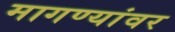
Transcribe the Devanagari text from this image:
मागण्यांवर